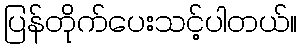
ပြန်တိုက်ပေးသင့်ပါတယ်။